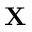
\mathbf { X }